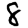
Digit: 8